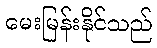
မေးမြန်းနိုင်သည်